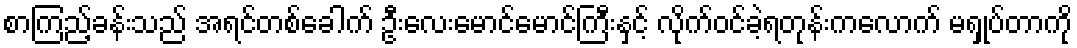
စာကြည့်ခန်းသည် အရင်တစ်ခေါက် ဦးလေးမောင်မောင်ကြီးနှင့် လိုက်ဝင်ခဲ့ရတုန်းကလောက် မရှုပ်တာကို